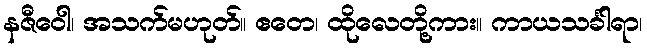
နဇီဝေါ၊ အသက်မဟုတ်။ ဧတေ၊ ထိုလေတို့ကား။ ကာယသင်္ခါရာ၊